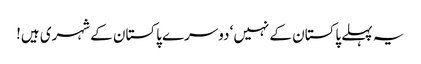
یہ پہلے پاکستان کے نہیں‘ دوسرے پاکستان کے شہری ہیں!